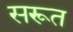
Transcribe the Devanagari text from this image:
सरूत